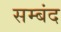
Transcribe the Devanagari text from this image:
सम्बंद